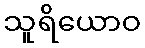
သူရိယောဝ